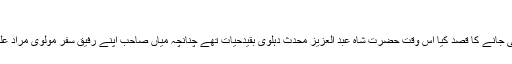
(۱۵)
اس ملاقات کے بعد حصرت میاں صاحب نے دہلی جانے کا قصد کیا اس وقت حضرت شاہ عبد العزیز محدث دہلوی بقیدحیات تھے چنانچہ میاں صاحب اپنے رفیق سفر مولوی مراد علی کے ہمراہ 1237ھ/ 1822ء دہلی روانہ ہوئے۔